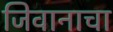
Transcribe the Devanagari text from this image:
जिवानाचा